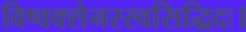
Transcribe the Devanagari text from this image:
विष्वक्सेनस्स्वसिद्धिदः।